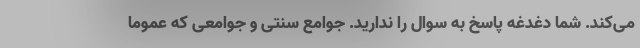
می‌کند. شما دغدغه پاسخ به سوال را ندارید. جوامع سنتی و جوامعی که عموما